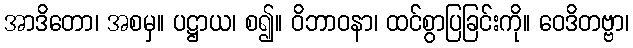
အာဒိတော၊ အစမှ။ ပဋ္ဌာယ၊ စ၍။ ဝိဘာဝနာ၊ ထင်စွာပြခြင်းကို။ ဝေဒိတဗ္ဗာ၊